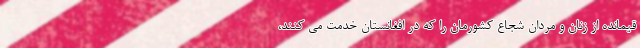
قیمانده از زنان و مردان شجاع کشورمان را که در افغانستان خدمت می کنند،